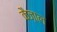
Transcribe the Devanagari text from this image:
कैज़ाल